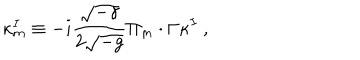
\kappa _ { m } ^ { I } \equiv - i \frac { \sqrt { - \gamma } } { 2 \sqrt { - g } } \Pi _ { m } \cdot \Gamma \kappa ^ { I } ~ ,